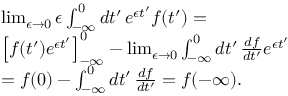
\begin{array} { r l r } & { \operatorname* { l i m } _ { \epsilon \to 0 } \epsilon \int _ { - \infty } ^ { 0 } d t ^ { \prime } \, e ^ { \epsilon t ^ { \prime } } f ( t ^ { \prime } ) = } & \\ & { \left[ f ( t ^ { \prime } ) e ^ { \epsilon t ^ { \prime } } \right] _ { - \infty } ^ { 0 } - \operatorname* { l i m } _ { \epsilon \to 0 } \int _ { - \infty } ^ { 0 } d t ^ { \prime } \, \frac { d f } { d t ^ { \prime } } e ^ { \epsilon t ^ { \prime } } } & \\ & { = f ( 0 ) - \int _ { - \infty } ^ { 0 } d t ^ { \prime } \, \frac { d f } { d t ^ { \prime } } = f ( - \infty ) . } & \end{array}